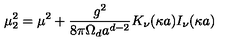
\mu _ { 2 } ^ { 2 } = \mu ^ { 2 } + { \frac { g ^ { 2 } } { 8 { \pi } \Omega _ { d } a ^ { d - 2 } } } K _ { \nu } ( \kappa a ) I _ { \nu } ( \kappa a )